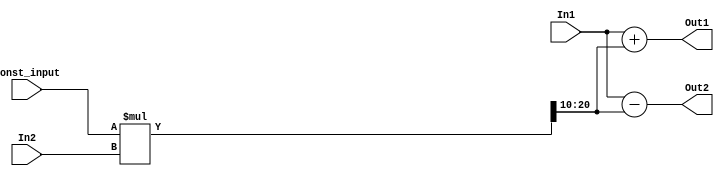
// -------------------------------------------------------------
// 
// 
// Generated by MATLAB 9.4 and HDL Coder 3.12
// 
// -------------------------------------------------------------


// -------------------------------------------------------------
// 
// Module: FourthStageB_46
// Source Path: FFTscheme2/FFTv2/Butterflies/128 input 4 step  /FourthStageB 46
// Hierarchy Level: 3
// 
// -------------------------------------------------------------

`timescale 1 ns / 1 ns

module FourthStageB_46
          (In1,
           In2,
           Const_input,
           Out1,
           Out2);


  input   signed [10:0] In1;  // sfix11_En3
  input   signed [10:0] In2;  // sfix11_En3
  input   signed [11:0] Const_input;  // sfix12_En10
  output  signed [10:0] Out1;  // sfix11_En3
  output  signed [10:0] Out2;  // sfix11_En3


  wire signed [22:0] Product_mul_temp;  // sfix23_En13
  wire signed [10:0] Product_out1;  // sfix11_En3
  wire signed [10:0] Sum_out1;  // sfix11_En3
  wire signed [10:0] Sum1_out1;  // sfix11_En3


  assign Product_mul_temp = Const_input * In2;
  assign Product_out1 = Product_mul_temp[20:10];



  assign Sum_out1 = In1 + Product_out1;



  assign Out1 = Sum_out1;

  assign Sum1_out1 = In1 - Product_out1;



  assign Out2 = Sum1_out1;

endmodule  // FourthStageB_46